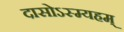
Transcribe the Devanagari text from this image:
दासोऽस्म्यहम्